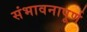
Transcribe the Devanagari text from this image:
संभावनापूर्ण